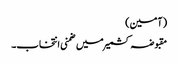
(آمین)
مقبوضہ کشمیر میں ضمنی انتخاب۔